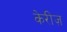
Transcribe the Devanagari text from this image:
केरीज़